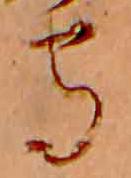
守